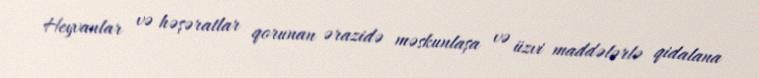
Heyvanlar və həşəratlar qorunan ərazidə məskunlaşa və üzvi maddələrlə qidalana